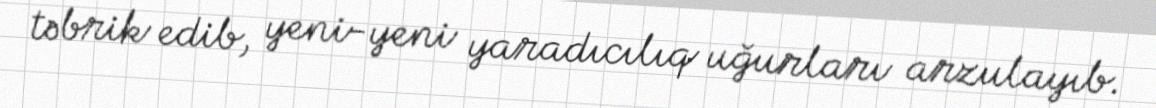
təbrik edib, yeni-yeni yaradıcılıq uğurları arzulayıb.